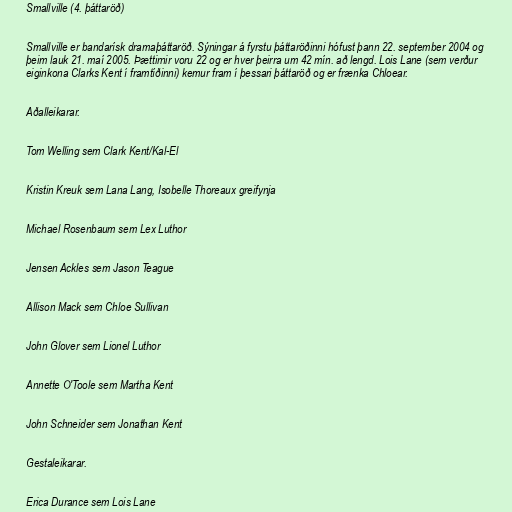
Smallville (4. þáttaröð)

Smallville er bandarísk dramaþáttaröð. Sýningar á fyrstu þáttaröðinni hófust þann 22. september 2004 og
þeim lauk 21. maí 2005. Þættirnir voru 22 og er hver þeirra um 42 mín. að lengd. Lois Lane (sem verður
eiginkona Clarks Kent í framtíðinni) kemur fram í þessari þáttaröð og er frænka Chloear.

Aðalleikarar.

Tom Welling sem Clark Kent/Kal-El

Kristin Kreuk sem Lana Lang, Isobelle Thoreaux greifynja

Michael Rosenbaum sem Lex Luthor

Jensen Ackles sem Jason Teague

Allison Mack sem Chloe Sullivan

John Glover sem Lionel Luthor

Annette O'Toole sem Martha Kent

John Schneider sem Jonathan Kent

Gestaleikarar.

Erica Durance sem Lois Lane